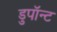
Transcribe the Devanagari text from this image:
डुपॉन्ट